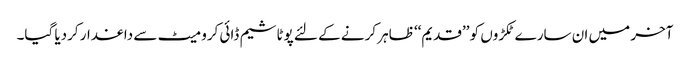
آخر میں ان سارے ٹکڑوں کو ’’قدیم‘‘ ظاہر کرنے کے لئے پوٹاشیم ڈائی کرومیٹ سے داغدار کردیا گیا۔